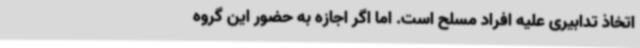
اتخاذ تدابیری علیه افراد مسلح است. اما اگر اجازه به حضور این گروه